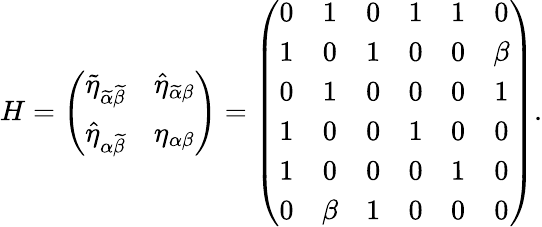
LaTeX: H=\left(\begin{array}{cc}{{\widetilde{\eta}_{\widetilde{\alpha}\widetilde{\beta}}}}&{{\widehat{\eta}_{\widetilde{\alpha}\beta}}}\\ {{\widehat{\eta}_{\alpha\widetilde{\beta}}}}&{{\eta_{\alpha\beta}}}\end{array}\right)=\left(\begin{array}{cccccc}{{0}}&{{1}}&{{0}}&{{1}}&{{1}}&{{0}}\\ {{1}}&{{0}}&{{1}}&{{0}}&{{0}}&{{\beta}}\\ {{0}}&{{1}}&{{0}}&{{0}}&{{0}}&{{1}}\\ {{1}}&{{0}}&{{0}}&{{1}}&{{0}}&{{0}}\\ {{1}}&{{0}}&{{0}}&{{0}}&{{1}}&{{0}}\\ {{0}}&{{\beta}}&{{1}}&{{0}}&{{0}}&{{0}}\end{array}\right).